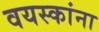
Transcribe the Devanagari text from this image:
वयस्कांना